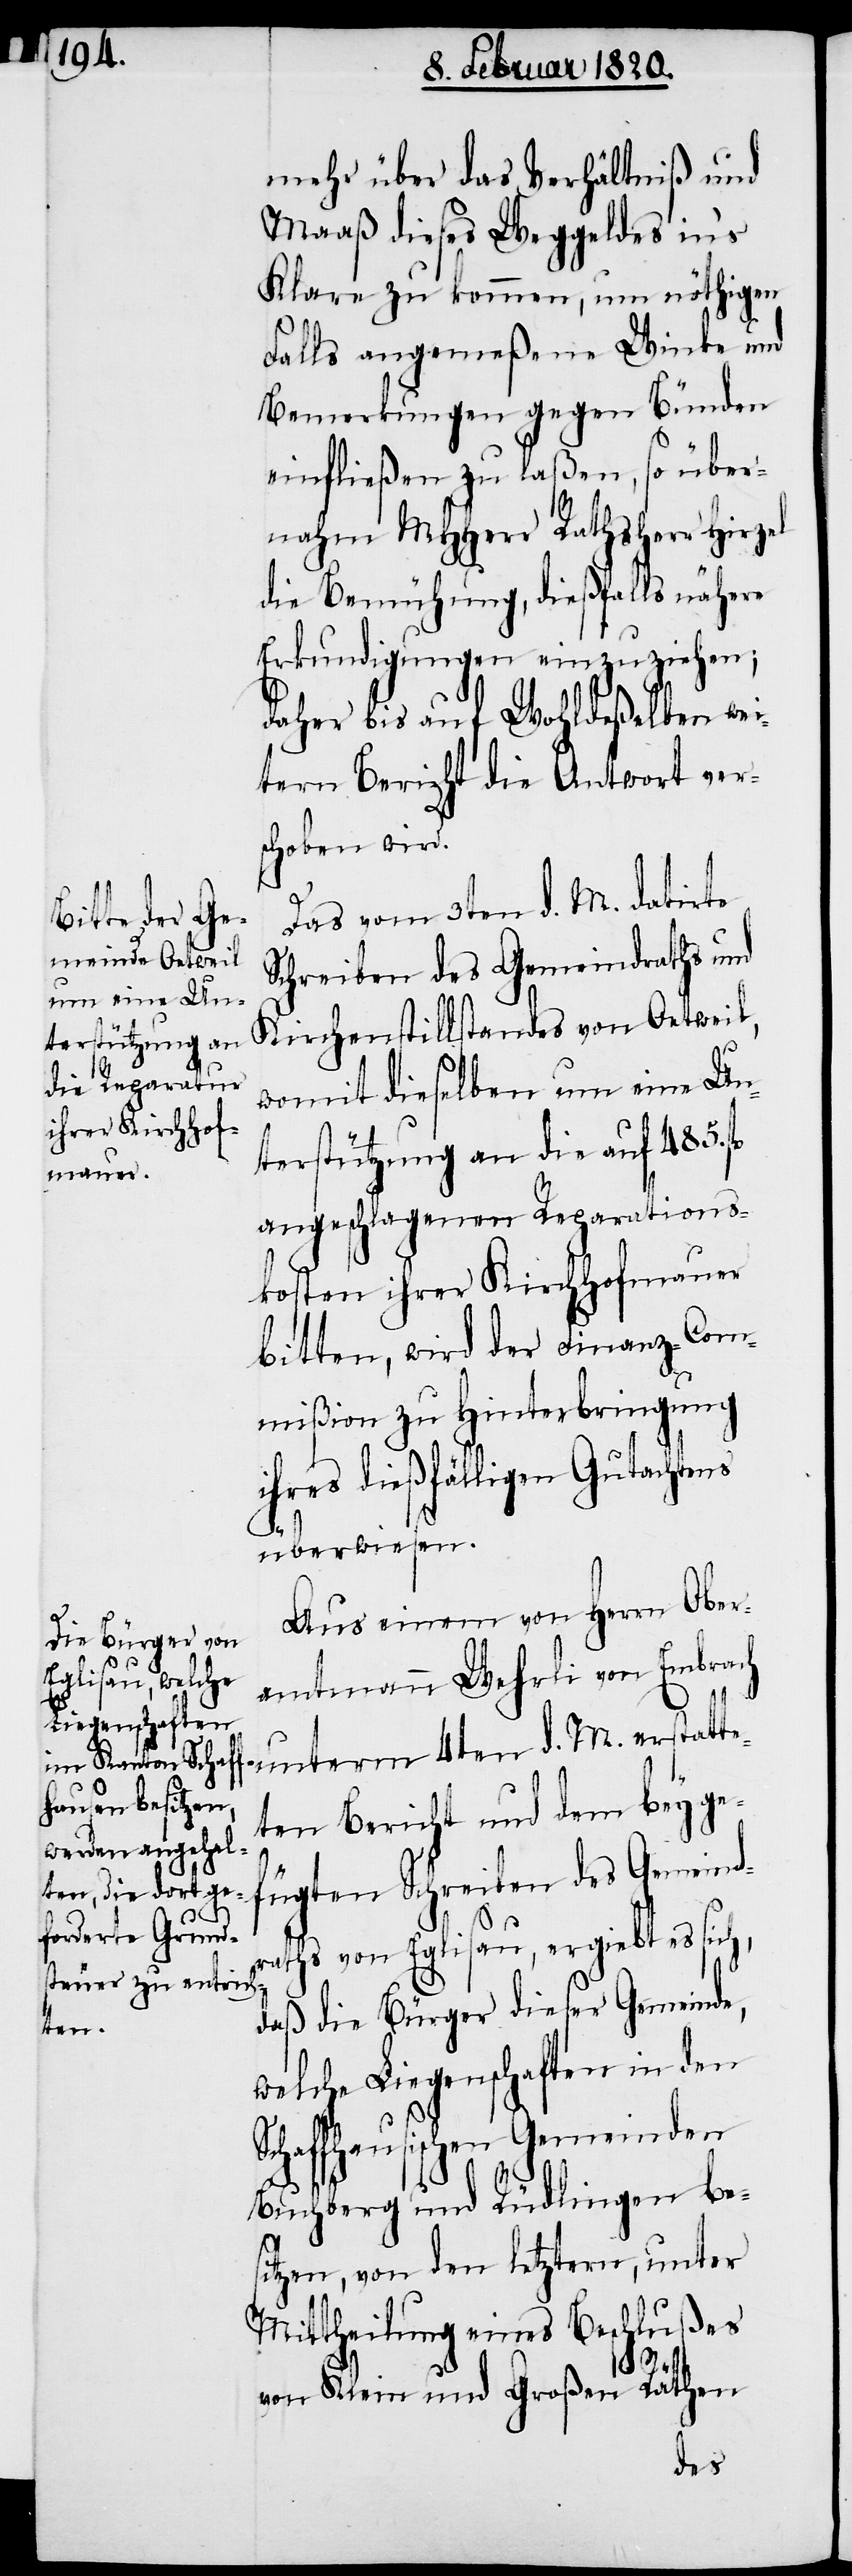
Sc¬

mehr über das Verhältniß und
Maaß dieses Weggeldes in’s
Klare zu kommen, um nöthigen
Falls angemeßene Winke und
Bemerkungen gegen Bünden
einfließen zu laßen, so über¬
nahm MHHerr Rathsherr Hirzel
die Bemühung, dießfalls nähere
Erkundigungen einzuziehen;
daher bis auf Wohldeßelben wei¬
tern Bericht die Antwort vers¬
choben wird.
Das vom 3ten d. M. datirte
Schreiben des Gemeindraths und
Kirchenstillstandes von Oetweil,
womit dieselben um eine Un¬
terstützung an die auf 485. fl
angeschlagenen Reparations¬
kosten ihrer Kirchhofmauer
bitten, wird der Finanz-Com¬
mißion zu Hinterbringung
ihres dießfälligen Gutachtens
überwiesen.
Aus einem von Herrn Ober¬
amtmann Wehrli von Embrach
unterm 4ten d. M. erstatt¬
eten Bericht und dem beyge¬
fügten Schreiben des Gemeind¬
raths von Eglisau, ergiebt es sich,
daß die Bürger dieser Gemeinde,
welche Liegenschaften in den
haffhausischen Gemeinden
Buchberg und Rüdlingen bes¬
itzen, von den letztern, unter
Mittheilung eines Beschlußes
von Klein und Großen Räthen